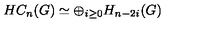
H C _ { n } ( G ) \simeq \oplus _ { i \geq 0 } H _ { n - 2 i } ( G )